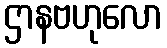
ဌာနဗဟုလော